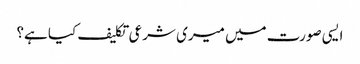
ایسی صورت میں میری شرعی تکلیف کیا ہے؟